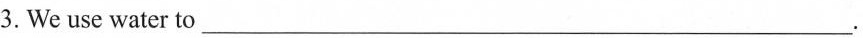
3. We use water to ___.